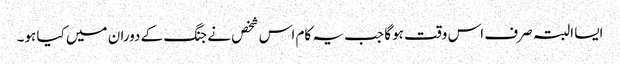
ایسا البتہ صرف اس وقت ہوگا جب یہ کام اس شخص نے جنگ کے دوران میں کیا ہو۔